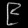
Digit: ၉